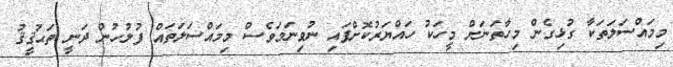
މިމައްސަލަތަކާ ގުޅިގެން މިހާތަނަށް މީހަކު ހައްޔަރުކޮށްފައި ނުވިނަމަވެސް މިމައްސަލަތައް ފުލުހުން ދަނީ ތަޙުޤީޤު